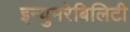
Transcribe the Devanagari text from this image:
इन्युमरेबिलिटी